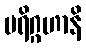
ပရိဂ္ဂဟာနိ